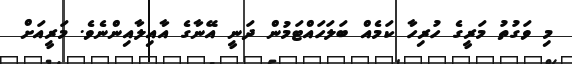
މި ވަގުތު މަރީގެ ހުރިހާ ކަމެއް ބަލަހައްޓަމުން ދަނީ އޭނާގެ އާއިލާއިންނެވެ. މަރީއަށް